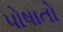
પોષાતો